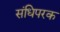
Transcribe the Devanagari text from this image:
संधिपरक